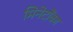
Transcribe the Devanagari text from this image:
मिनेटोंका